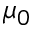
\mu _ { 0 }